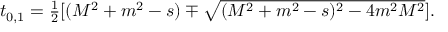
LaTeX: \begin{array} { c c c } { { t _ { 0 , 1 } = \frac { 1 } { 2 } [ ( M ^ { 2 } + m ^ { 2 } - s ) \mp \sqrt { ( M ^ { 2 } + m ^ { 2 } - s ) ^ { 2 } - 4 m ^ { 2 } M ^ { 2 } } ] . } } \end{array}